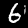
Label: 6